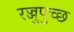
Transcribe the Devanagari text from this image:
रज्जुपुच्छ